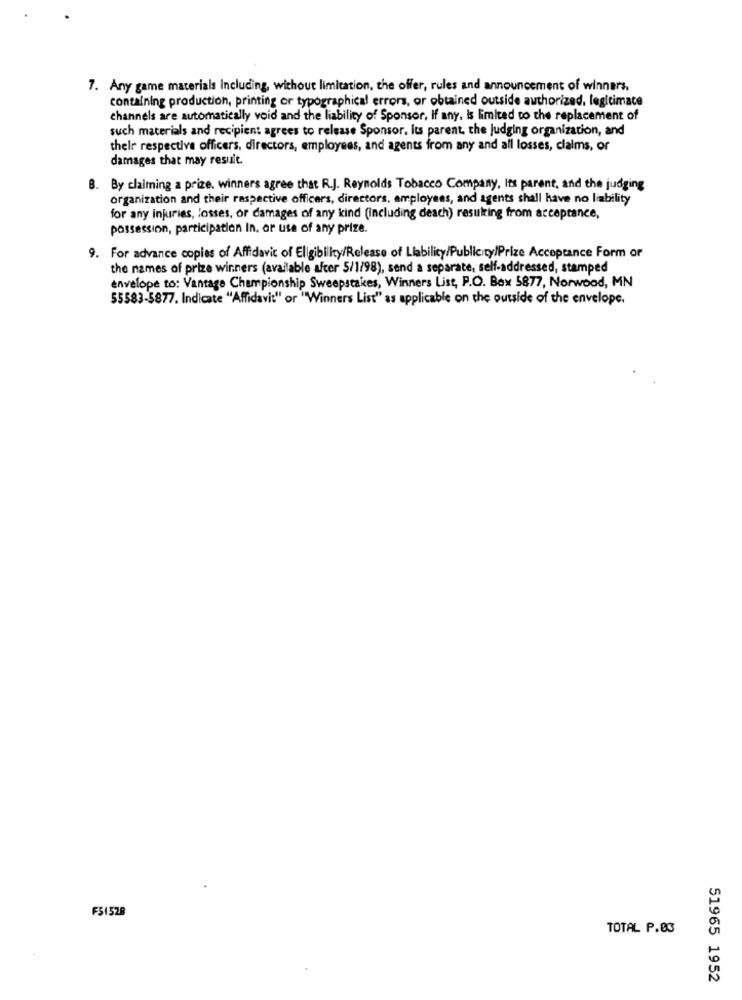
7. Any game materials Including, without limitation, the offer, rules and announcement of winners.
containing production, printing or typographical errors, or obtained outside authorized, legitimace
channels are automatically void and the liability of Sponsor, If any, is limited to the replacement of
such materials and recipient agrees to release Sponsor, Its parent, the judging organization, and
their respective officers, directors, employees, and agents from any and all losses, claims, or
damages that may result.
8. By claiming a prize. winners agree that R.J. Reynolds Tobacco Company, Its parent, and the judging
organization and their respective officers, directors, employees, and agents shall have no liability
for any injuries, losses, or damages of any kind (including deach) resulting from acceptance,
possession, participation In, or use of any prize.
9. For advance copies of Affidavit of Eligibility/Release of Liability/Publicity/Prize Acceptance Form or
the names of prize winners (available after 5/1/98), send a separate, self-addressed, stamped
envelope to: Vantage Championship Sweepstakes, Winners List, P.O. Box 5877, Norwood, MN
55583-5877. Indicate "Affidavit" or "Winners List" as applicable on the outside of the envelope.
F51528
TOTAL P.03
51965 1952